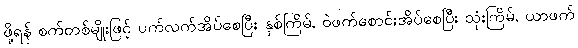
ဖို့ရန် စက်တစ်မျိုးဖြင့် ပက်လက်အိပ်စေပြီး နှစ်ကြိမ်, ဝဲဖက်စောင်းအိပ်စေပြီး သုံးကြိမ်, ယာဖက်